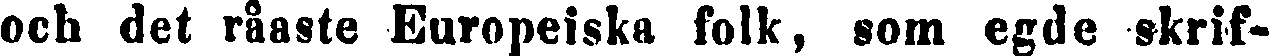
och det råaste Europeiska folk, som egde skrif-